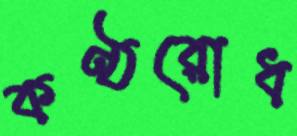
কণ্ঠরোধ